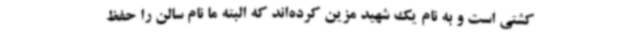
کشتی است و به نام یک شهید مزین کرده‌اند که البته ما نام سالن را حفظ